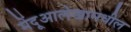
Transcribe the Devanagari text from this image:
मेंदूआलेखामधील